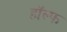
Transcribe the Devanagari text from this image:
हॉल्फ